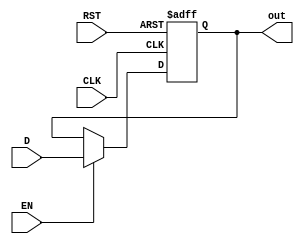
`timescale 1ns / 1ps
//////////////////////////////////////////////////////////////////////////////////
// Company: 
// Engineer: 
// 
// Design Name: 
// Module Name: D_FF
// Project Name: 
// Target Devices: 
// Tool Versions: 
// Description: 
// 
// Dependencies: 
// 
// Revision:
// Revision 0.01 - File Created
// Additional Comments:
// 
//////////////////////////////////////////////////////////////////////////////////


module D_FF(
    input CLK,RST,EN,D,
    output reg out
    );
       always @(posedge CLK,posedge RST)
      if (RST) begin
         out <= 1'b0;
      end else if (EN) begin
         out <= D;
      end			
endmodule